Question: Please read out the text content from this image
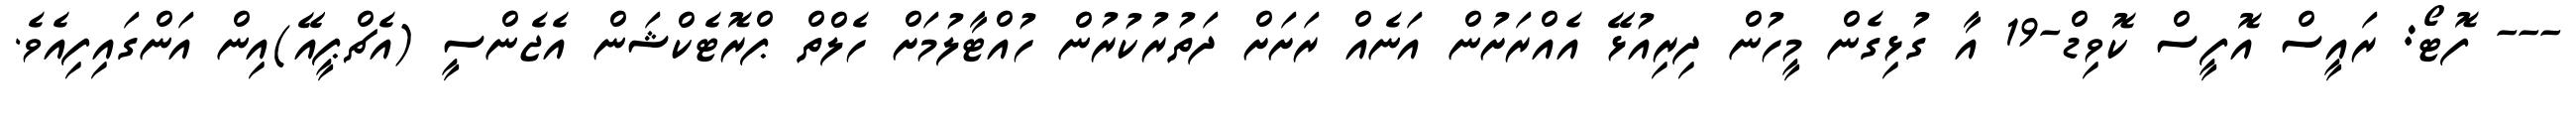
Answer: --- ފޮޓޯ: ރައީސް އޮފީސް ކޮވިޑް-19 އާ ގުޅިގެން މީހުން ދިރިއުޅޭ އެއްރަށުން އަނެއް ރަށަށް ދަތުރުކުރުން ހުއްޓާލުމަށް ހެލްތް ޕްރޮޓެކްޝަން އެޖެންސީ (އެޗްޕީއޭ)އިން އަންގައިފިއެވެ.